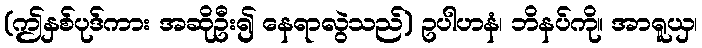
(ဤနှစ်ပုဒ်ကား အဆိုဦး၍ နေရာလွဲသည်) ဥပါဟနံ၊ ဘိနပ်ကို။ အာရူယှ၊